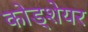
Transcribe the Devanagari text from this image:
कोड्शेयर